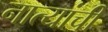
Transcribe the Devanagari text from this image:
नात्यांची